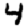
Digit: 4